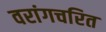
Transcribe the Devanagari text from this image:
वरांगचरित